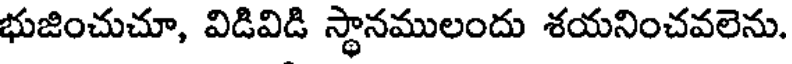
భుజించుచూ, విడివిడి స్థానములందు శయనించవలెను.